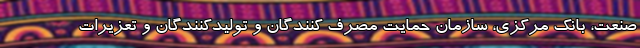
صنعت، بانک مرکزی، سازمان حمایت مصرف کنندگان و تولیدکنندگان و تعزیرات